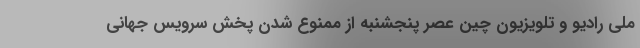
ملی رادیو و تلویزیون چین عصر پنجشنبه از ممنوع شدن پخش سرویس جهانی